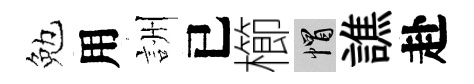
勉用詶已櫛帽譙赴